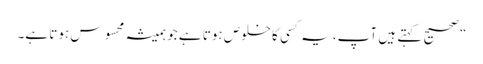
“صحیح کہتے ہیں آپ، یہ کسی کا خلوص ہوتا ہے جو ہمیشہ محسوس ہوتا ہے۔